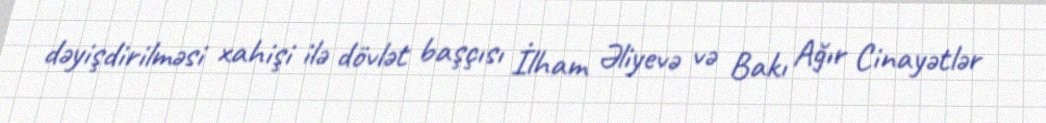
dəyişdirilməsi xahişi ilə dövlət başçısı İlham Əliyevə və Bakı Ağır Cinayətlər